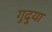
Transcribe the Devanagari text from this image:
गुदुया